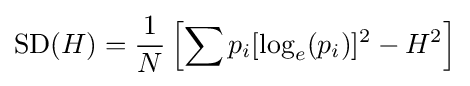
\operatorname {SD} (H)={\frac {1}{N}}\left[\sum p_{i}[\log _{e}(p_{i})]^{2}-H^{2}\right]